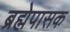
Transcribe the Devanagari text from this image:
ब्रह्मेपासक